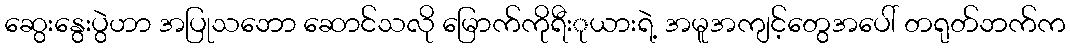
ဆွေးနွေးပွဲဟာ အပြုသဘော ဆောင်သလို မြောက်ကိုရီးုယားရဲ့ အမူအကျင့်တွေအပေါ် တရုတ်ဘက်က